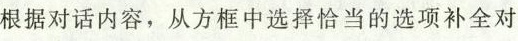
根据对话内容,从方框中选择恰当的选项补全对